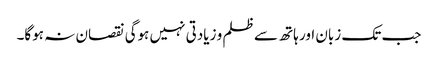
جب تک زبان اور ہاتھ سے ظلم و زیادتی نہیں ہوگی نقصان نہ ہوگا۔